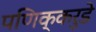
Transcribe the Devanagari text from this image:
पणिक्करुडे